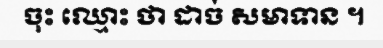
ចុះ ឈ្មោះ ថា ដាច់ សមាទាន ។